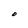
Character: O